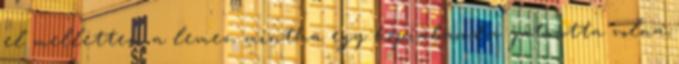
el mellettem a lemez, mintha egy kópiabanda játszotta volna